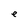
Character: e